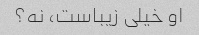
او خیلی زیباست، نه؟